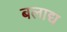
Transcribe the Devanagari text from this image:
बलाद्य